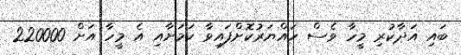
ބައި އަދާކުރި މީހާ ވެސް ހައްޔަރުކޮށްފައިވާ ކަމަށާއި އެ މީހާ އަށް 220000